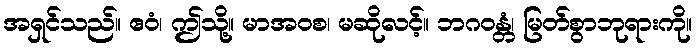
အရှင်သည်။ ဧဝံ၊ ဤသို့။ မာအဝစ၊ မဆိုလင့်။ ဘဂဝန္တံ၊ မြတ်စွာဘုရားကို။